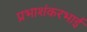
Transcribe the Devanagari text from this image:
प्रभाशंकरभाई